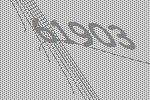
61903